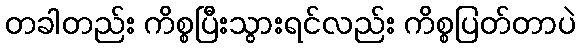
တခါတည်း ကိစ္စပြီးသွားရင်လည်း ကိစ္စပြတ်တာပဲ